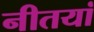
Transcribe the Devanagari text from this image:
नीतयां